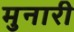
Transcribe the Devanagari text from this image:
मुनारी